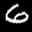
Label: 6